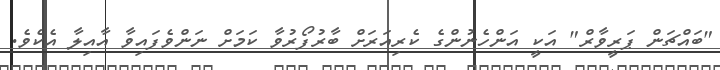
"ބައްޗަން ޕަރީވާރް" އަކީ އަންހެނުންގެ ކެރިއަރަށް ބާރުފޯރުވާ ކަމަށް ނަންވެފައިވާ އާއިލާ އެކެވެ.